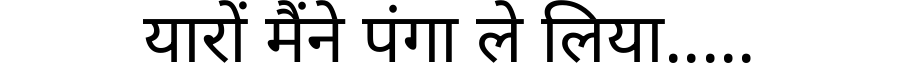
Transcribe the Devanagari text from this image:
यारों मैंने पंगा ले लिया.....